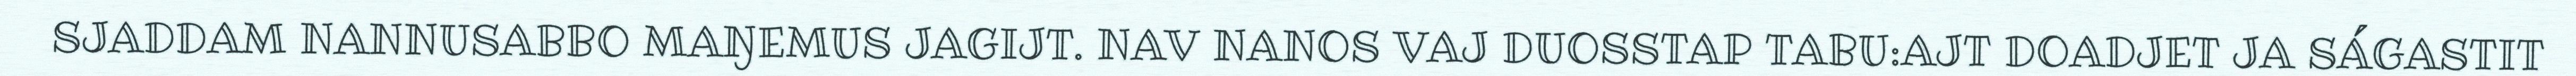
SJADDAM NANNUSABBO MAŊEMUS JAGIJT. NAV NANOS VAJ DUOSSTAP TABU:AJT DOADJET JA SÁGASTIT